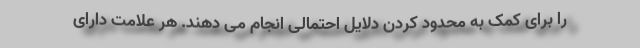
را برای کمک به محدود کردن دلایل احتمالی انجام می دهند. هر علامت دارای